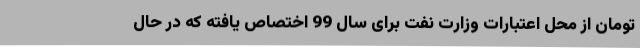
تومان از محل اعتبارات وزارت نفت برای سال 99 اختصاص یافته که در حال